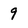
Character: 9